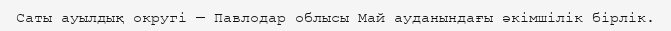
Саты ауылдық округі — Павлодар облысы Май ауданындағы әкімшілік бірлік.